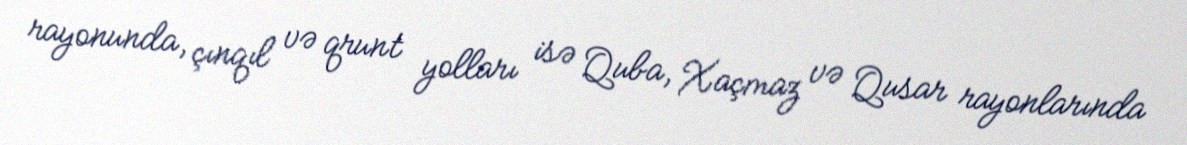
rayonunda, çınqıl və qrunt yolları isə Quba, Xaçmaz və Qusar rayonlarında